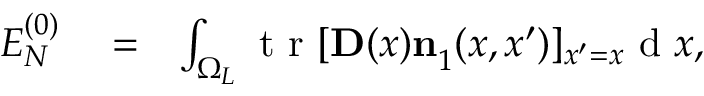
\begin{array} { r l r } { E _ { N } ^ { ( 0 ) } } & { { } = } & { \int _ { \Omega _ { L } } \ensuremath { \mathrm { ~ t ~ r ~ } } [ \ensuremath { \mathbf { D } } ( x ) \ensuremath { \mathbf { n } } _ { 1 } ^ { } ( x , x ^ { \prime } ) ] _ { x ^ { \prime } = x } \ensuremath { \mathrm { ~ d ~ } } x , } \end{array}